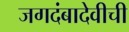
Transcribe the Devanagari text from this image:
जगदंबादेवीची